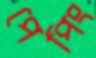
পেপিং